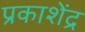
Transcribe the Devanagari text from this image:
प्रकाशेंद्र